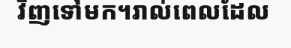
វិញទៅមក។រាល់ពេលដែល